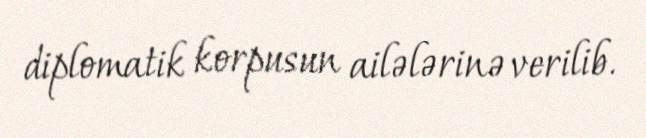
diplomatik korpusun ailələrinə verilib.